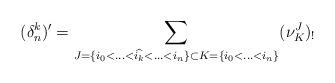
LaTeX: \begin{align*}(\delta_n^k)'= \sum_{J=\{i_0<\hdots<\widehat{i_k}<\hdots<i_n\} \subset K=\{i_0<\hdots<i_n\} }(\nu_{K}^J)_!\end{align*}